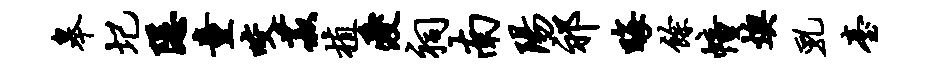
皋圮隐童咬菽植爱祠南阳祁晦余幢燠乳台